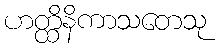
ဟတ္ထိနိကာသတေသု